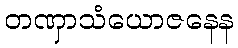
တဏှာသံယောဇနေန